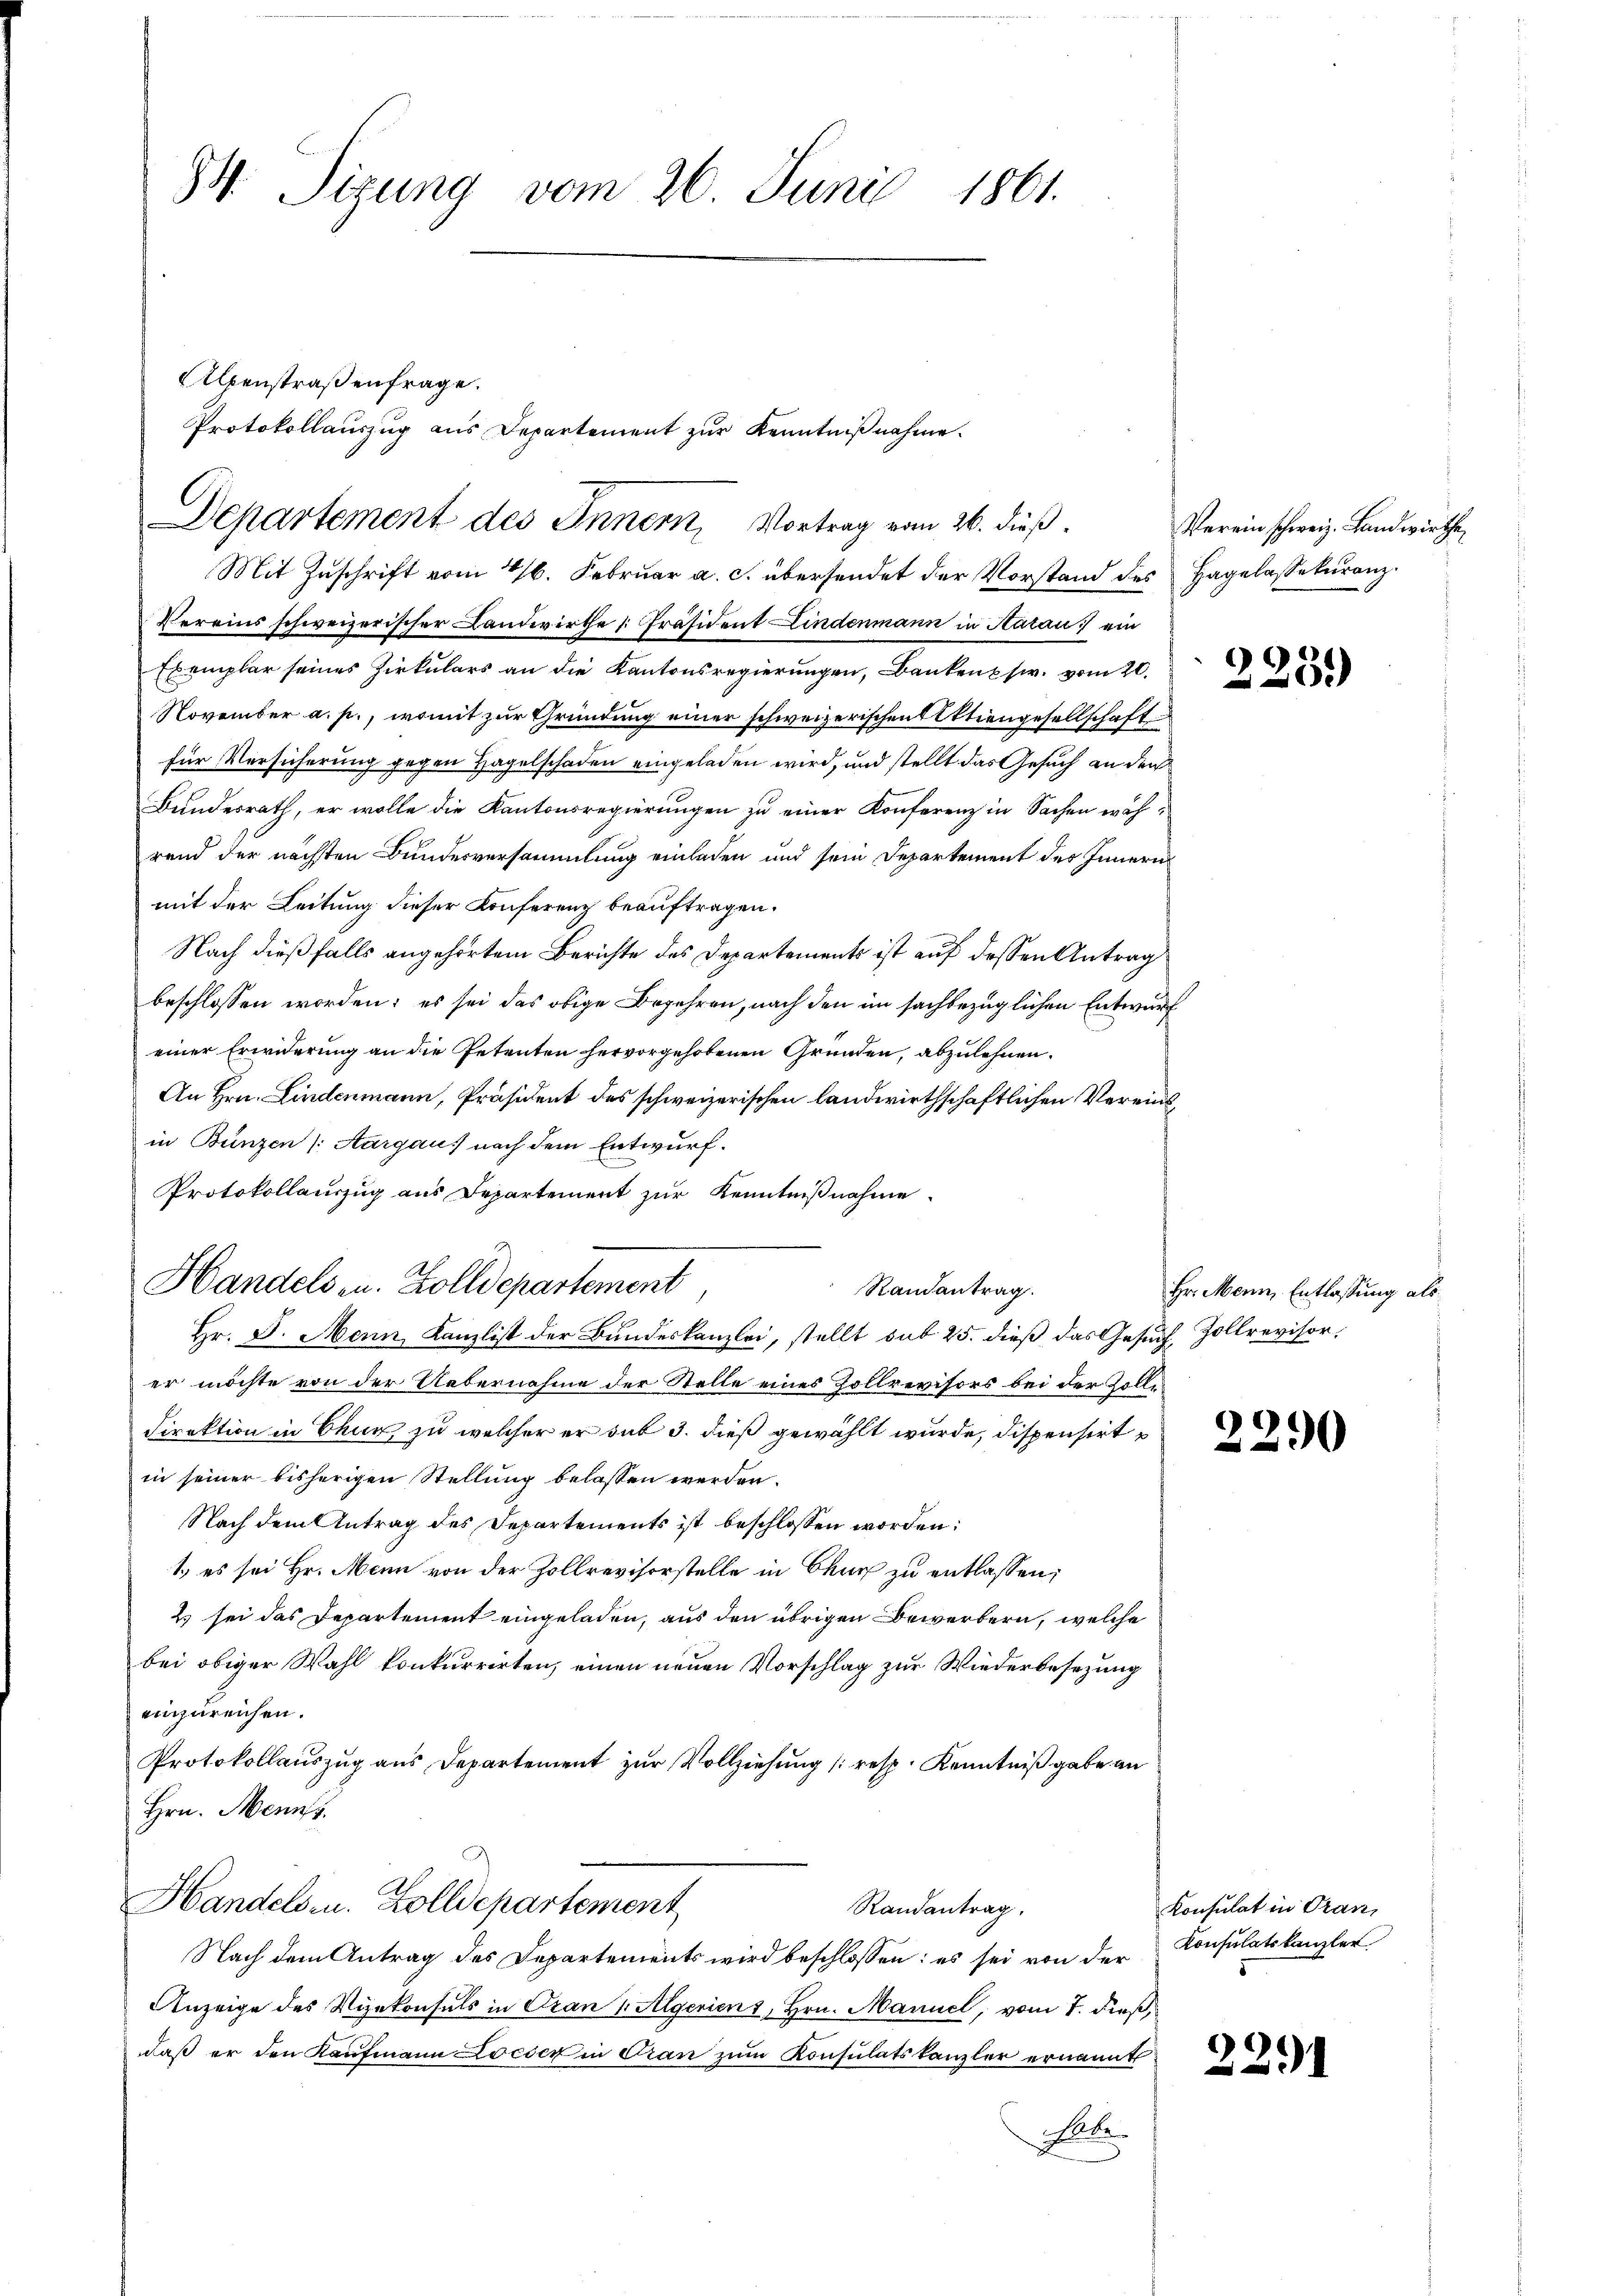
34. Sizung vom 26. Juni
1861.

Protokollauszug aus Departement zur Kenntniβnahme.
C
Departement des Innern, Vortrag vom 26. dieß.

Alpenstraßenfrage.

Mit Zuschrift vom 26. Februar a. c. übersendet der Vorstand des Hagelassekuranz.
Vereins schweizerischer Landwirthe [Präsident Lindenmann in Aarau ein
Exemplar seines Zirkulars an die Kantonsregierungen, Bankensw. vom 20.
November a. p., womit zur Gründung einer schweizerischen Aktiengesellschaft
für Versicherung gegen Hagelschaden eingeladen wird, und stellt das Gesuch an den
Bundesrath, er wolle die Kantonsregierungen zu einer Konferenz in Sachen während der nächsten Bundesversammlung einladen und sein Departement des Innern
mit der Leitung dieser Konferenz beauftragen.
Nach dießfalls angehörtem Berichte des Departements ist auf dessen Antrag
beschlossen worden; es sei das obige Begehren, nach den im sachbezüglichen Entwurf
einer Erwiderung an die Petenten hervorgehobenen Gründen, abzulehnen.
An Hrn. Lindenmann, Präsident des schweizerischen landwirthschaftlichen Vereinsin Bunzen /: Aargau, nach dem Entwurf.
Protokollauszug aus Departement zur Kenntnißnahme
Hr. J. Mann, Kanzlist der Bundeskanzlei, stellt sub 25. dieß das Gesuch, Zollrevisor,
er möchte von der Uebernahme der Stelle eines Zollrevisors bei der Zolle¬
Direktion in Chur, zu welcher er sub 3. dieß gewählt wurde, dispensirt
in seiner bisherigen Stellung belassen werden.
Nach dem Antrag des Departements ist beschlossen worden:
1) es sei Hr. Mann von der Zollrevisorstelle in Chur zu entlassen;
2 sei das Departement eingeladen, aus den übrigen Bewerbern, welche
bei obiger Wahl konkurrirten, einen neuen Vorschlag zur Wiederbesezung
einzureichen.
Protokollauszug aus Departement zur Vollziehung (resp. Kenntniß gabe an
Hrn. Manns.
Handels u. Zolldepartement
Randantrag.
Nach dem Antrag des Departements wird beschlossen: es sei von der Consulatskanzler
Anzeige des Vizekonsuls in Oran v. Aegerient, Hrn. Manuel, vom 7. dieß,
daß er den Kaufmann Loeser in Gran zum Konsulatskanzler ernannt
Nole.

Handelsen. Zolldepartement

Randantrag.

Verein schweiz. Landwirthe

223.

Hr. Mann, Entlassung als

2290

Konsulat in Oran